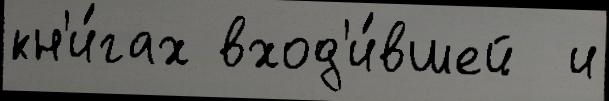
кн'и́гах вход'и́вшей  и